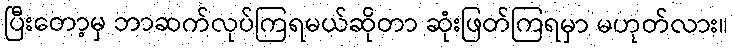
ပြီးတော့မှ ဘာဆက်လုပ်ကြရမယ်ဆိုတာ ဆုံးဖြတ်ကြရမှာ မဟုတ်လား။